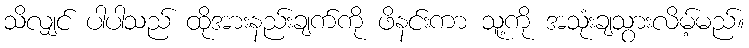
သိလျှင် ပါပါသည် ထိုအားနည်းချက်ကို ဖိနင်းကာ သူ့ကို အသုံးချသွားလိမ့်မည်။